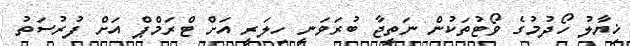
ޚިޔާލު ހޯދުމުގެ ވޯޓުތަކުން ނަތީޖާ ބުރަވަނީ ހިލަރީ އަށް ޓްރަމްޕް އަށް ފުރުސަތު